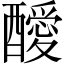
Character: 𨣥